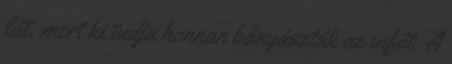
lát, mert ki tudja honnan bányászták az infót. A